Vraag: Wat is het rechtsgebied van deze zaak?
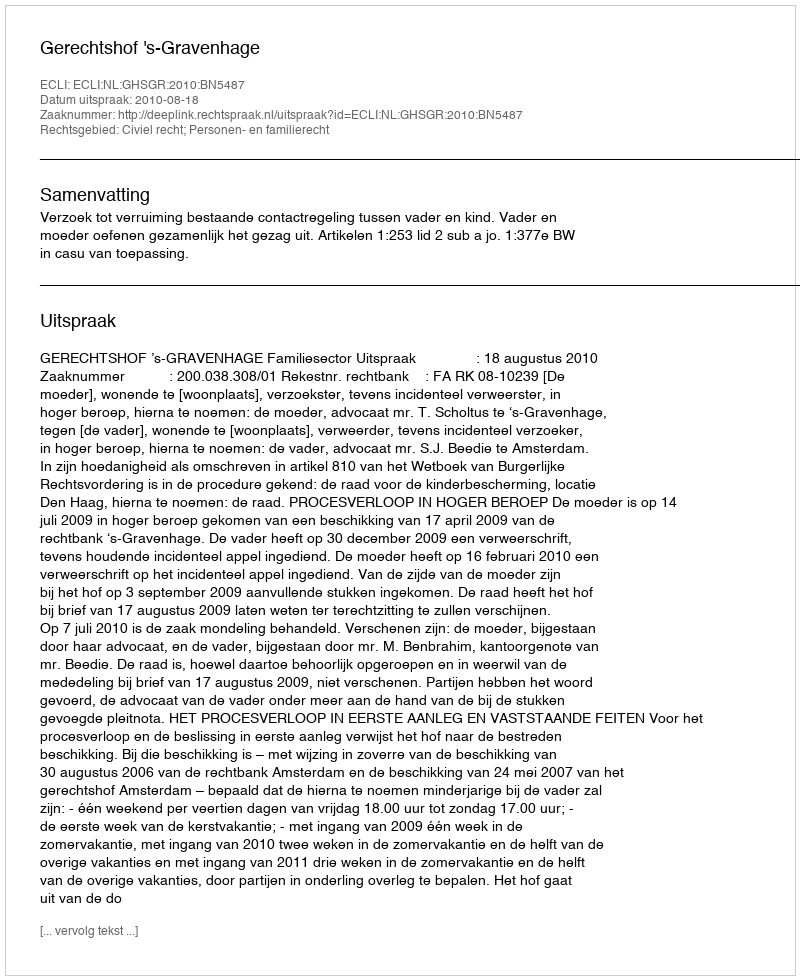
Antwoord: Civiel recht; Personen- en familierecht